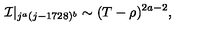
{ \cal I } | _ { j ^ { a } ( j - 1 7 2 8 ) ^ { b } } \sim ( T - \rho ) ^ { 2 a - 2 } ,